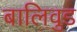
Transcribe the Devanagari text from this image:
बालिवुड